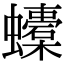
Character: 𧔬